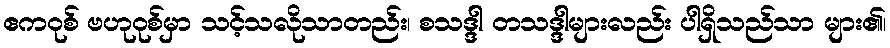
ဧကဝုစ် ဗဟုဝုစ်မှာ သင့်သလိုသာတည်း၊ စသဒ္ဒါ တသဒ္ဒါများလည်း ပါရှိသည်သာ များ၏၊